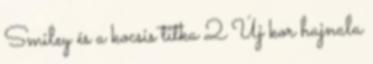
Smiley és a kocsis titka 2 Új kor hajnala